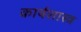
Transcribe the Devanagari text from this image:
कार्यशास्त्र